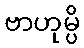
ဗာဟုမ္ပိ